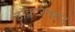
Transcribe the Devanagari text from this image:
डॉक्टरवरून